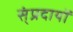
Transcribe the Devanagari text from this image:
स्ंप्रदायों